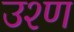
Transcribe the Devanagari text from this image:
उश्ण